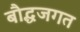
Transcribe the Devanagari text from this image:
बौद्धजगत